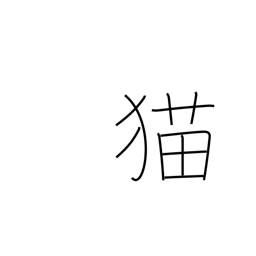
Meaning: cat